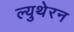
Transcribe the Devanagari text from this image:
ल्युथेरन